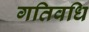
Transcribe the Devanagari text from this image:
गतिवधि